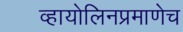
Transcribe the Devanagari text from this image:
व्हायोलिनप्रमाणेच